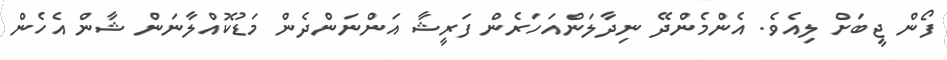
ފޯން ޖީބަށް ލިއެވެ. އެންމެންދޭ ނިދާލަންއަހަރެން ފަރީޝާ އަންނަންދެން މަޑުކޮއްލާނަން ޝާން އެހެން